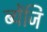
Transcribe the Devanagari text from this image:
ब्येंजि